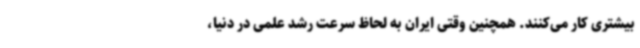
بیشتری کار می‌کنند. همچنین وقتی ایران به لحاظ سرعت رشد علمی در دنیا،